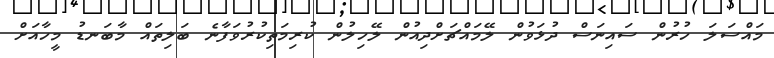
މައްސަލަ ހުރުން ސައިނަސް ދުޅަވުން ލޭމައްޗަށްދިއުން ލޭހިލުން ކުރިމަތިކުރުވަފާނެ ބަލިތައް މާބަނޑު މީހާއަށް